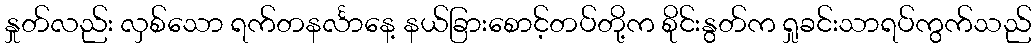
နှုတ်လည်း လှစ်သော ရက်တနင်္လာနေ့ နယ်ခြားစောင့်တပ်တို့က စိုင်းနွတ်က ရှုခင်းသာရပ်ကွက်သည်